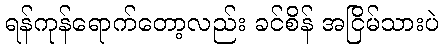
ရန်ကုန်ရောက်တော့လည်း ခင်စိန် အငြိမ်သားပဲ